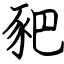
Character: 豝